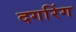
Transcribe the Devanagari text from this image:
दगरिंग